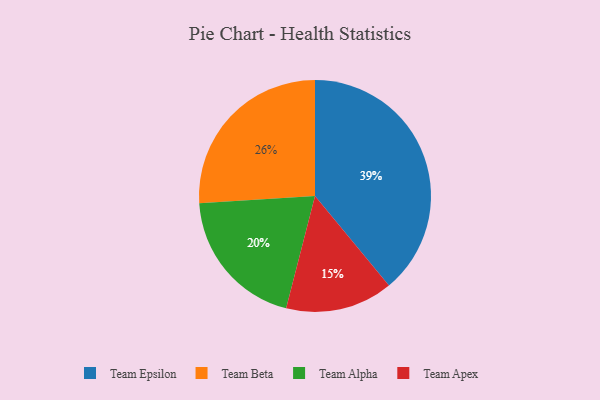
{"axis": {"x": "Category", "y": "Percentage"}, "legend": ["Team Alpha", "Team Apex", "Team Beta", "Team Epsilon"], "data": [{"x": "Team Apex", "y": 15, "type": "Team Apex"}, {"x": "Team Epsilon", "y": 39, "type": "Team Epsilon"}, {"x": "Team Alpha", "y": 20, "type": "Team Alpha"}, {"x": "Team Beta", "y": 26, "type": "Team Beta"}]}